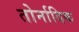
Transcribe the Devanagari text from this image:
तोर्नादिक